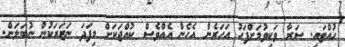
ހުއްޓައި. ސަރާ ވަކިވުމަށްފަހު އަހަރެން އެހެން އެއްވެސް ކުއްޖަކަށް މިފަދަ ނަޒަރަކުން ނުބަލަން.